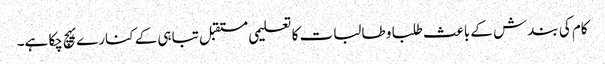
کام کی بندش کے باعث طلبا و طالبات کا تعلیمی مستقبل تباہی کے کنارے پہچ چکا ہے۔